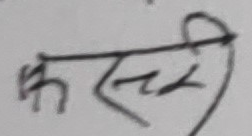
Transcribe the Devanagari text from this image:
कसी